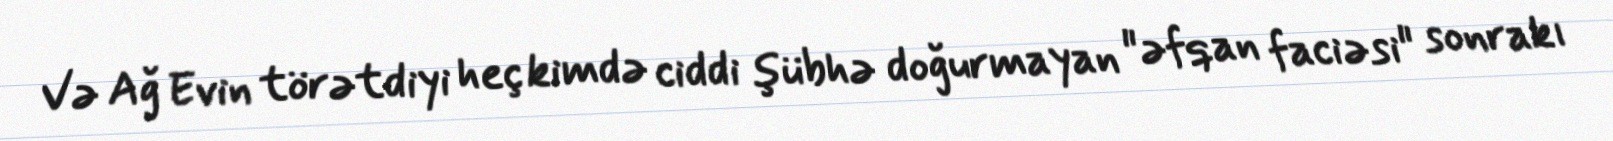
Və Ağ Evin törətdiyi heç kimdə ciddi şübhə doğurmayan "əfqan faciəsi" sonrakı